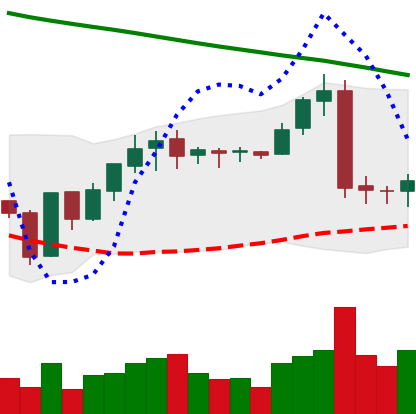
Ticker: BNB-USD
Chart end date: 2019-01-31
Forward return: 24.749%
Label: up_7plus